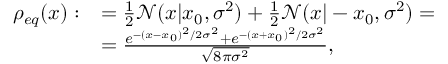
\begin{array} { r l } { \rho _ { e q } ( x ) : } & { = \frac { 1 } { 2 } \mathcal { N } ( x | x _ { 0 } , \sigma ^ { 2 } ) + \frac { 1 } { 2 } \mathcal { N } ( x | - x _ { 0 } , \sigma ^ { 2 } ) = } \\ & { = \frac { e ^ { - ( x - x _ { 0 } ) ^ { 2 } / 2 \sigma ^ { 2 } } + e ^ { - ( x + x _ { 0 } ) ^ { 2 } / 2 \sigma ^ { 2 } } } { \sqrt { 8 \pi \sigma ^ { 2 } } } , } \end{array}